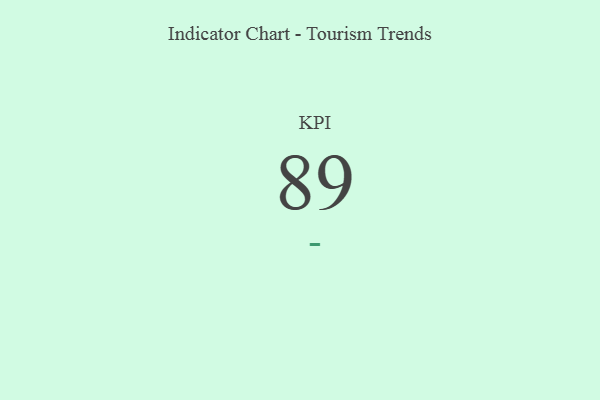
{"axis": {"x": "KPI", "y": "Value"}, "legend": [""], "data": [{"x": "KPI", "y": 89, "type": ""}]}